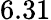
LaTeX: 6.31